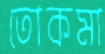
তোকমা